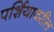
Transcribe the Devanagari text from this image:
पर्शियावरील